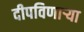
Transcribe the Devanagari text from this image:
दीपविणार्‍या